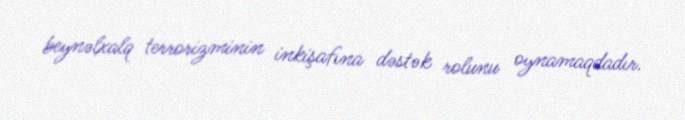
beynəlxalq terrorizminin inkişafına dəstək rolunu oynamaqdadır.